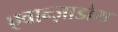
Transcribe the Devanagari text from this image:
एवान्ज़ाडोस